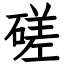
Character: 磋